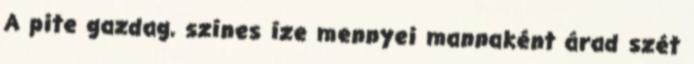
A pite gazdag, színes íze mennyei mannaként árad szét